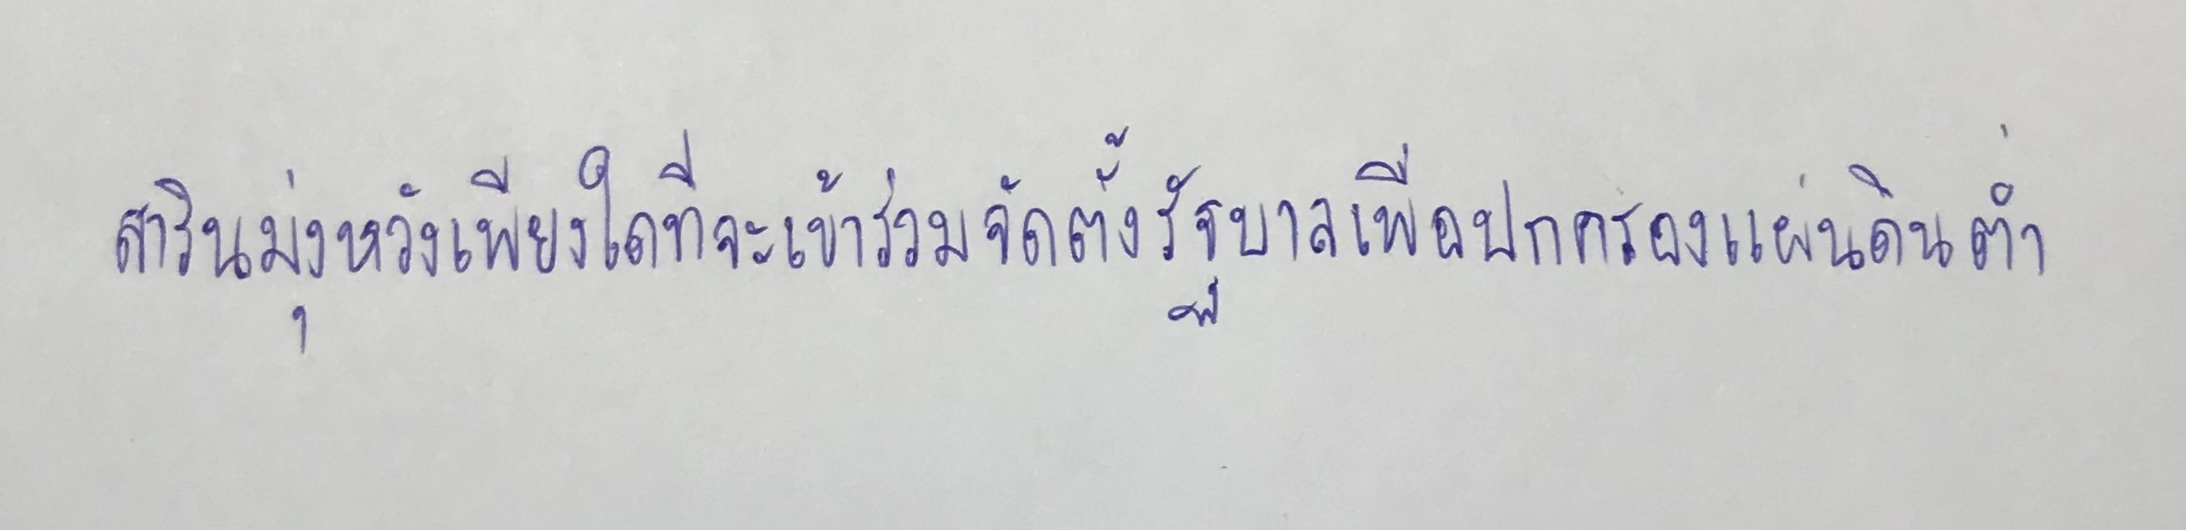
สารินมุ่งหวังเพียงใดที่จะเข้าร่วมจัดตั้งรัฐบาลเพื่อปกครองแผ่นดินต่ำ